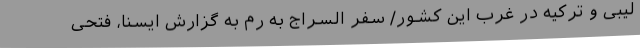
لیبی و ترکیه در غرب این کشور/ سفر السراج به رم به گزارش ایسنا، فتحی